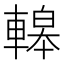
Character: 𨎀